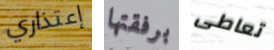
إعتذاري برفقتها تعاطى